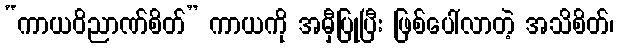
“ကာယဝိညာဏ်စိတ်” ကာယကို အမှီပြုပြီး ဖြစ်ပေါ်လာတဲ့ အသိစိတ်၊